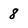
Character: 8